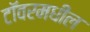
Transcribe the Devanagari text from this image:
टॉवरमधील